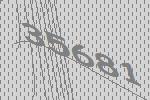
35681